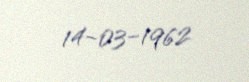
14-03-1962